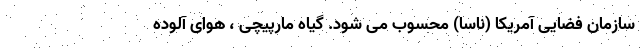
سازمان فضایی آمریکا (ناسا) محسوب می شود. گیاه مارپیچی ، هوای آلوده